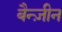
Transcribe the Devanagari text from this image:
बैन्ज़ीन